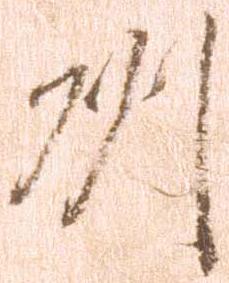
州